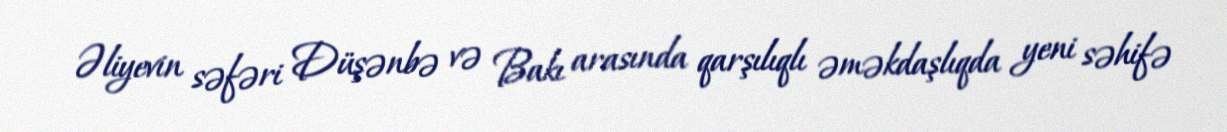
Əliyevin səfəri Düşənbə və Bakı arasında qarşılıqlı əməkdaşlıqda yeni səhifə